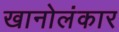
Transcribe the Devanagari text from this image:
खानोलंकार